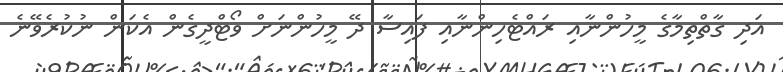
އަދި ގާތްތިމާގެ މީހުންނާއި ރައްޓެހިންނާއި ފައިސާ ދޭ މީހުންނަށް ވޯޓްދީގެން އެކަން ނުކުރެވޭނެ